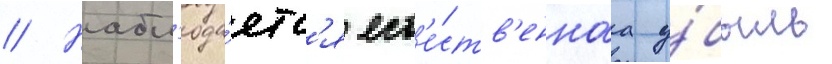
// Набл'юда́етс'я ест'е́ств'еннаа у́быль